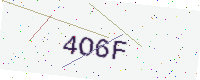
Text: 4O6F